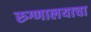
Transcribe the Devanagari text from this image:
रुग्णालयाचा